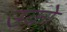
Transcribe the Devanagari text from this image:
उको